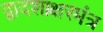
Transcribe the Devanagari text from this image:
द्वादशाक्षरमंत्र